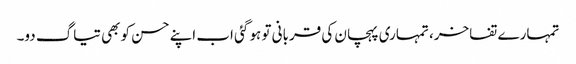
تمہارے تفاخر، تمہاری پہچان کی قربانی تو ہو گئی اب اپنے حسن کو بھی تیاگ دو۔